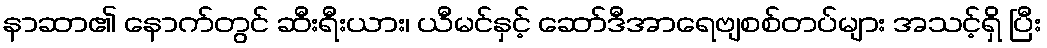
နာဆာ၏ နောက်တွင် ဆီးရီးယား၊ ယီမင်နှင့် ဆော်ဒီအာရေဗျစစ်တပ်များ အသင့်ရှိ ပြီး